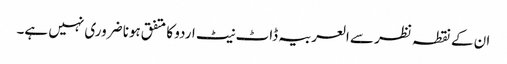
ان کے نقطہ نظر سے العربیہ ڈاٹ نیٹ اردو کا متفق ہونا ضروری نہیں ہے۔